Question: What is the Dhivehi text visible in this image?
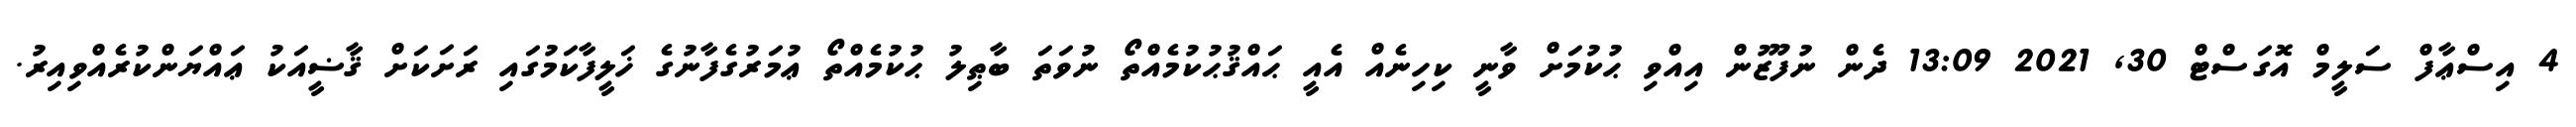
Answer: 4 އިސްޢާފް ސަލީމް އޮގަސްޓް 30, 2021 13:09 ދެން ނުފޫޒުން އިއްވި ޙުކުމަށް ވާނީ ކިހިނެއް އެއީ ޙައްޤުޙުކުމެއްތޯ ނުވަތަ ބާޠިލު ޙުކުމެއްތޯ ޢުމަރުގެފާނުގެ ޚަލީފާކަމުގައި ރަށަކަށް ޤާޟީއަކު ޢައްޔަންކުރެއްވިއިރު.